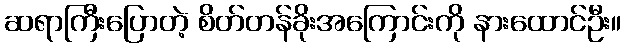
ဆရာကြီးပြောတဲ့ စိတ်တန်ခိုးအကြောင်းကို နားထောင်ဦး။